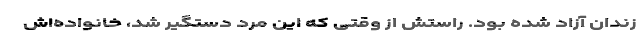
زندان آزاد شده بود. راستش از وقتی که این مرد دستگیر شد، خانواده‌اش